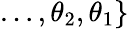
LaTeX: \dots,\theta_{2},\theta_{1}\}